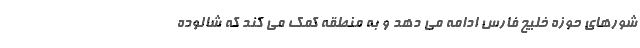
شورهای حوزه خلیج فارس ادامه می دهد و به منطقه کمک می کند که شالوده